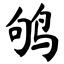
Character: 鸲